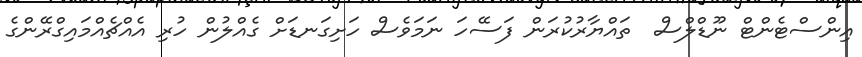
އިންސްޓެންޓް ނޫޑްލްސް  ތައްޔާރުކުރަން ފަސޭހަ ނަމަވެސް ހަށިގަނޑަށް ގެއްލުން ހުރި އެއްޗެއްމައިގްރޭންގެ